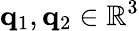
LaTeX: \mathbf{q}_{1},\mathbf{q}_{2}\in\mathbb{R}^{3}